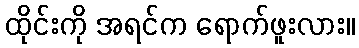
ထိုင်းကို အရင်က ရောက်ဖူးလား။